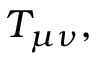
T _ { \mu \nu } ,